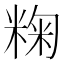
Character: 粷